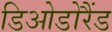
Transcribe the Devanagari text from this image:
डिओडोरैंड